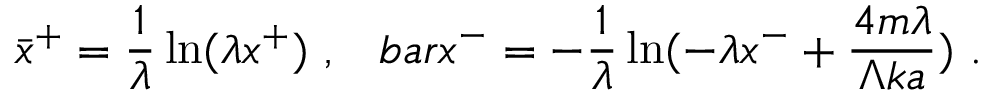
\bar { x } ^ { + } = { \frac { 1 } { \lambda } } \ln ( \lambda x ^ { + } ) \ , \ \ \, b a r x ^ { - } = - { \frac { 1 } { \lambda } } \ln ( - \lambda x ^ { - } + { \frac { 4 m \lambda } { \Lambda k a } } ) \ .